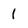
Character: 1